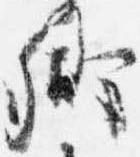
卿